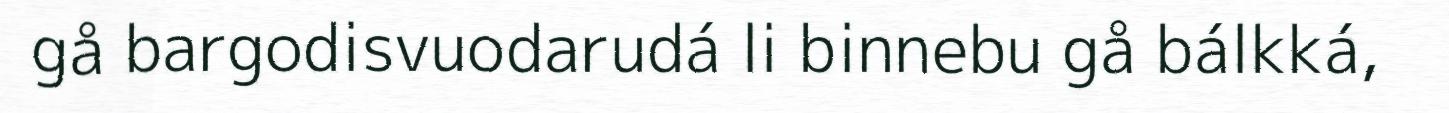
gå bargodisvuodarudá li binnebu gå bálkká,